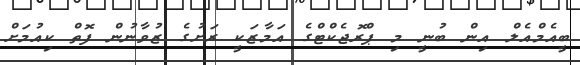
ބީއެމްއެލް އިން ބުނީ މި ޕްރޮޖެކްޓްގެ އަމާޒަކީ ރަށުގެ ޒުވާނުން ފޮތް ކިއުމަށް